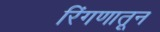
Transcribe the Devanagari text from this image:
रिंगणातून